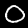
Digit: 0